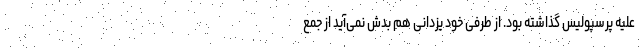
علیه پرسپولیس گذاشته بود. از طرفی خود یزدانی هم بدش نمی‌آید از جمع